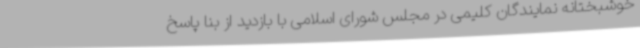
خوشبختانه نمایندگان کلیمی در مجلس شورای اسلامی با بازدید از بنا پاسخ